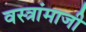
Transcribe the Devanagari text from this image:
वस्त्रांमाजी